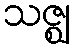
သဇ္ဈ